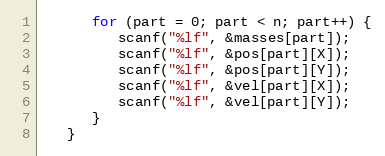
Language: C
      for (part = 0; part < n; part++) {
         scanf("%lf", &masses[part]);
         scanf("%lf", &pos[part][X]);
         scanf("%lf", &pos[part][Y]);
         scanf("%lf", &vel[part][X]);
         scanf("%lf", &vel[part][Y]);
      }
   }